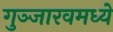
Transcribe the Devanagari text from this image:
गुञ्जारवमध्ये